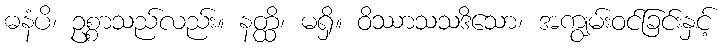
ဓနံပိ၊ ဥစ္စာသည်လည်း။ နတ္ထိ၊ မရှိ။ ဝိဿာသသဒိသော၊ အကျွမ်းဝင်ခြင်းနှင့်